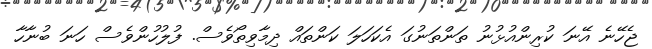
ޖެހޭނެ އޭނަ ކުރިންއުޅުނު ތަންތަނުގަ އެކަހަލަ ކަންތައް ދިމާވިތޯވެސް. ފުލުހުންވެސް ހަނަ ބުނާހާ